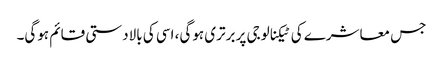
جس معاشرے کی ٹیکنالوجی پر برتری ہوگی، اسی کی بالادستی قائم ہوگی۔